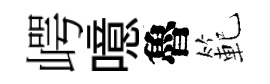
崿噫魯範